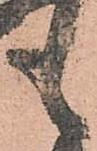
も